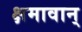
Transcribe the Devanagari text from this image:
क्षमावान्